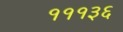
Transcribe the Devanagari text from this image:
१११३६